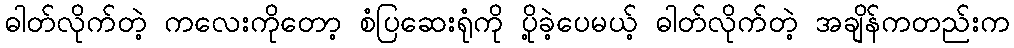
ဓါတ်လိုက်တဲ့ ကလေးကိုတော့ စံပြဆေးရုံကို ပို့ခဲ့ပေမယ့် ဓါတ်လိုက်တဲ့ အချိန်ကတည်းက